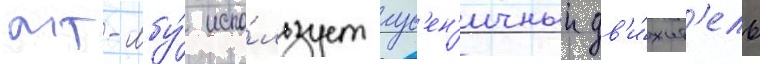
мт-лбу́ испо́льзует гус'ен'ичныи дв'и́жит'ель